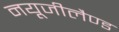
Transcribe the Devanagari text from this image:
नयूजीलैण्ड